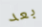
بعد